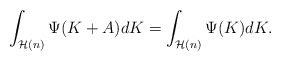
\begin{align*} \int_{\mathcal H(n)} \Psi(K + A) dK = \int_{\mathcal H(n)} \Psi(K) dK. \end{align*}